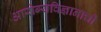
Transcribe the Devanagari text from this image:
आरोग्यविज्ञानाची